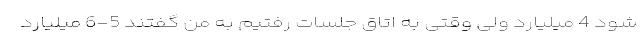
شود 4 میلیارد ولی وقتی به اتاق جلسات رفتیم به من گفتند 5-6 میلیارد